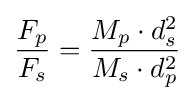
{\frac {F_{p}}{F_{s}}}={\frac {M_{p}\cdot d_{s}^{2}}{M_{s}\cdot d_{p}^{2}}}